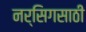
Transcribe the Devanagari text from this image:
नर्सिगसाठी